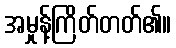
အမှုန့်ကြိတ်တတ်၏။